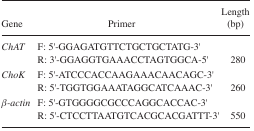
<table><thead><tr><td><b>Gene</b></td><td><b>Primer</b></td><td><b>Length (bp)</b></td></tr></thead><tbody><tr><td><i>ChAT</i></td><td>F: 5′-GGAGATGTTCTGCTGCTATG-3′R: 3′-GGAGGTGAAACCTAGTGGCA-5′</td><td>280</td></tr><tr><td><i>ChoK</i></td><td>F: 5′-ATCCCACCAAGAAACAACAGC-3′R: 5′-TGGTGGAAATAGGCATCAAAC-3′</td><td>260</td></tr><tr><td><i>β-actin</i></td><td>F: 5′-GTGGGGCGCCCAGGCACCAC-3′R: 5′-CTCCTTAATGTCACGCACGATTT-3′</td><td>550</td></tr></tbody></table>